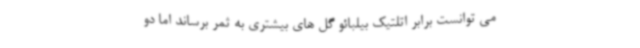
می توانست برابر اتلتیک بیلبائو گل های بیشتری به ثمر برساند اما دو